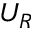
U _ { R }